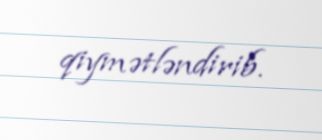
qiymətləndirib.